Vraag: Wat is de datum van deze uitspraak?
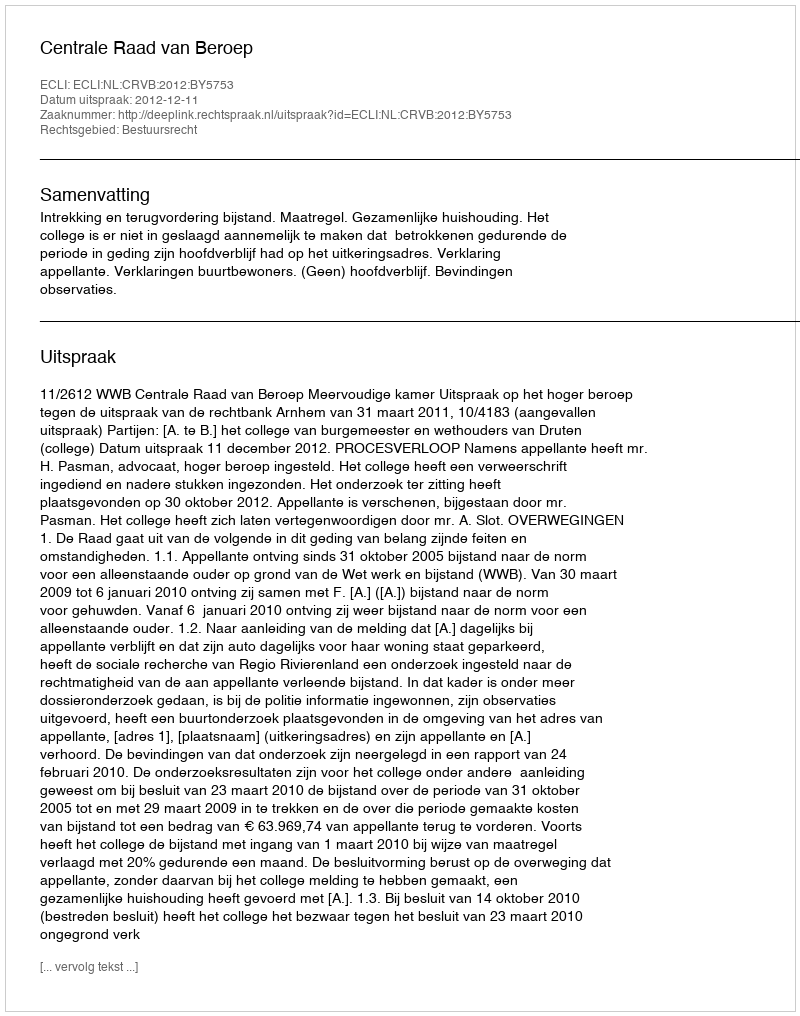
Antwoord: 2012-12-11